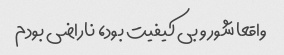
واقعا شور و بی کیفیت بود، ناراضی بودم